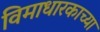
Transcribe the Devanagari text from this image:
विमाधारकाच्या